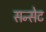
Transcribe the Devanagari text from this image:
सन्सेट